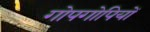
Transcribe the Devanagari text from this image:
गोपगोपियों